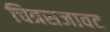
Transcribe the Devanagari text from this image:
चित्रसजावट